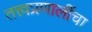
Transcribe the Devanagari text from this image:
तत्त्वप्रणालींचा